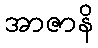
အာဇာနိ